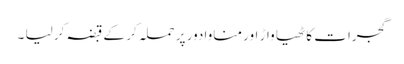
گجرات کاٹھیا واڑ اور مناوادور پر حملہ کر کے قبضہ کر لیا ۔